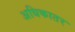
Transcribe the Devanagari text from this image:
अधिकातर